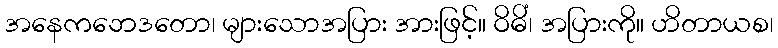
အနေကဘေဒတော၊ များသောအပြား အားဖြင့်။ ဝိဓိံ၊ အပြားကို။ ဟိတာယစ၊